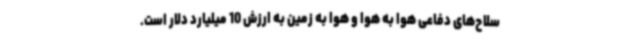
سلاح‌های دفاعی هوا به هوا و هوا به زمین به ارزش 10 میلیارد دلار است.